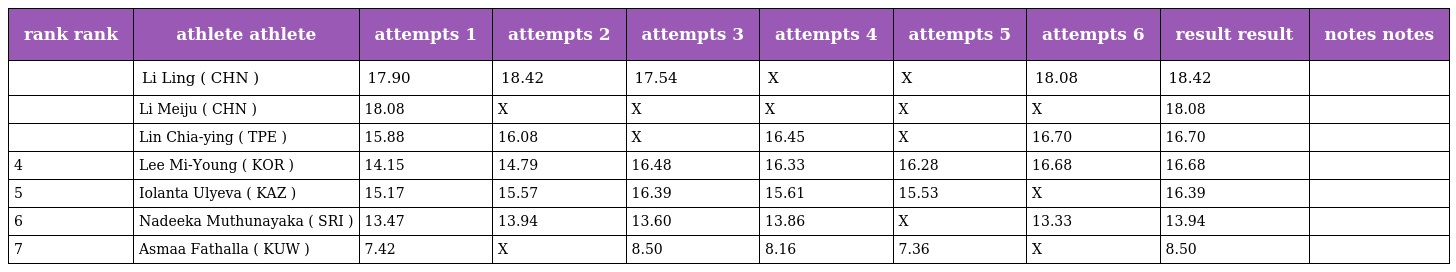
| rank rank | athlete athlete | attempts 1 | attempts 2 | attempts 3 | attempts 4 | attempts 5 | attempts 6 | result result | notes notes |
 | --- | --- | --- | --- | --- | --- | --- | --- | --- | --- |
 |  | Li Ling ( CHN ) | 17.90 | 18.42 | 17.54 | X | X | 18.08 | 18.42 |  |
 |  | Li Meiju ( CHN ) | 18.08 | X | X | X | X | X | 18.08 |  |
 |  | Lin Chia-ying ( TPE ) | 15.88 | 16.08 | X | 16.45 | X | 16.70 | 16.70 |  |
 | 4 | Lee Mi-Young ( KOR ) | 14.15 | 14.79 | 16.48 | 16.33 | 16.28 | 16.68 | 16.68 |  |
 | 5 | Iolanta Ulyeva ( KAZ ) | 15.17 | 15.57 | 16.39 | 15.61 | 15.53 | X | 16.39 |  |
 | 6 | Nadeeka Muthunayaka ( SRI ) | 13.47 | 13.94 | 13.60 | 13.86 | X | 13.33 | 13.94 |  |
 | 7 | Asmaa Fathalla ( KUW ) | 7.42 | X | 8.50 | 8.16 | 7.36 | X | 8.50 |  |